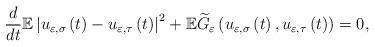
LaTeX: \begin{align*}\frac{d}{dt}\mathbb{E}\left\vert u_{\varepsilon,\sigma}\left( t\right)-u_{\varepsilon,\tau}\left( t\right) \right\vert ^{2}+\mathbb{E}\widetilde{G}_{\varepsilon}\left( u_{\varepsilon,\sigma}\left( t\right),u_{\varepsilon,\tau}\left( t\right) \right) =0, \end{align*}